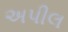
અપીલ